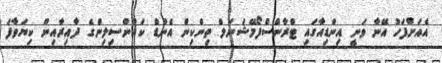
އެއަށްފަހު އޭނާ ވަނީ އިންޑިއާގައި ޓްރާންސްފޯމޭޝަނަލް ތިންކިން އެންޑް ކައުންސިލިންގެ ދާއިރާއިން ކިޔަވާފަ